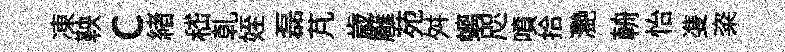
凍鞅c緖嵇乹姪磊芃歳廱苑舛螭咫噴拾灧輈怡㕠粢